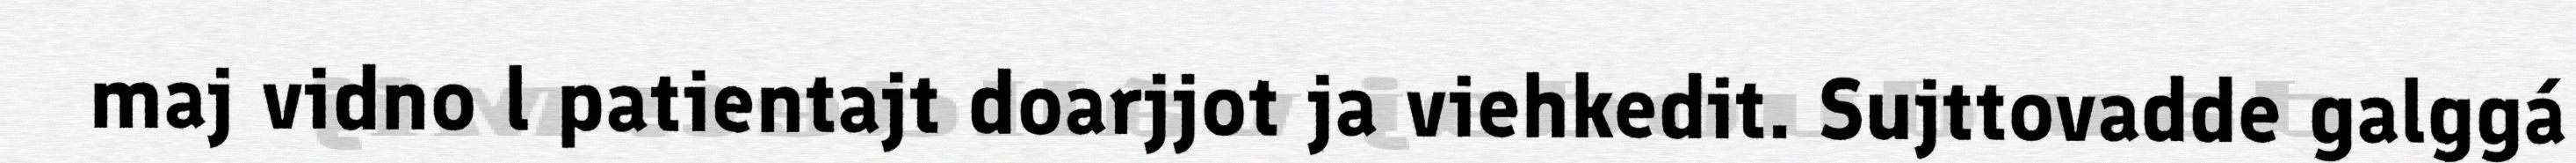
maj vidno l patientajt doarjjot ja viehkedit. Sujttovadde galggá